Civil Veterinary Department Bengal reports 1923-33 - 1923-1933
Year: 1923
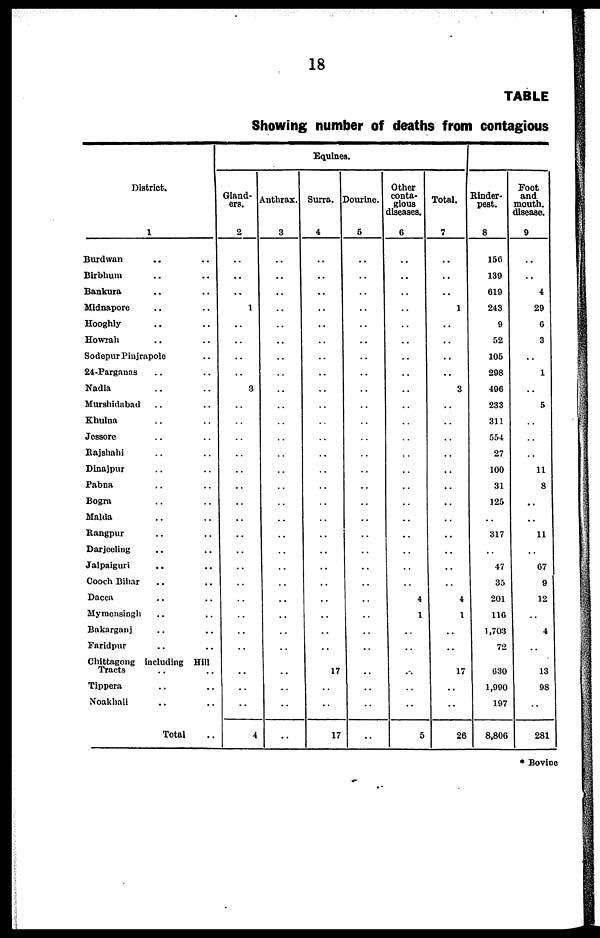
18
TABLE
Showing number of deaths from contagious
District.
1
Burdwan .. ..
Birbhum .. ..
Bankura .. ..
Midnapore .. ..
Hooghly .. ..
Howrah .. ..
Sodepur Pinjrapole ..
24-Parganns .. ..
Nadia .. ..
Murshidnbad .. ..
Khulna .. ..
Jessore .. ..
Rajshahi .. ..
Dinajpur .. ..
Pabna .. ..
Bogra .. ..
Malda .. ..
Rangpur .. ..
Darjeeling .. ..
Jalpaiguri .. ..
Cooch Bihar .. ..
Dacca .. ..
Mymensingh .. ..
Bakarganj .. ..
Faridpur .. ..
Chittagong including Hill
Tracts
Tippera .. ..
Noakhali .. ..
Total ..
Equine
Gland-
ers.
2
..
..
..
1
..
..
..
..
3
..
..
..
..
..
..
..
..
..
..
..
..
..
..
..
..
..
..
..
4
Anthrax.
3
..
..
..
..
..
..
..
..
..
..
..
..
..
..
..
..
..
..
..
..
..
..
..
..
..
..
..
..
..
Surra.
4
..
..
..
..
..
..
..
..
..
..
..
..
..
..
..
..
..
..
..
..
..
..
..
..
..
17
..
..
17
Dourine.
6
..
..
..
..
..
..
..
..
..
..
..
..
..
..
..
..
..
..
..
..
..
..
..
..
..
..
..
..
..
Other
conta-
gious
diseases.
8
..
..
..
..
..
..
..
..
..
..
..
..
..
..
..
..
..
..
..
..
..
4
1
..
..
..
..
..
5
Total.
7
..
..
..
1
..
..
..
..
3
..
..
..
..
..
..
..
..
..
..
..
..
4
1
..
..
17
..
..
26
Rinder-
pest.
8
150
139
619
243
9
52
105
298
496
233
311
554
27
100
31
125
..
317
..
47
35
201
116
1,703
72
030
1,090
197
8,806
Foot
and
mouth.
disease.
9
..
..
4
29
6
3
..
1
..
5
..
..
..
11
8
..
..
11
..
07
9
12
..
4
..
13
98
..
281
* Bovine